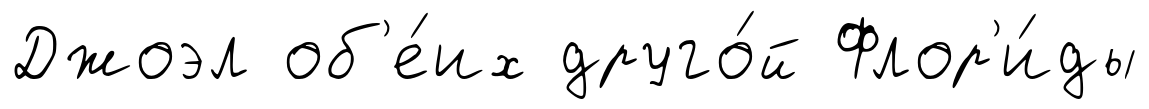
Джоэл об'е́их друго́й Флор'и́ды